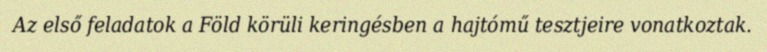
Az első feladatok a Föld körüli keringésben a hajtómű tesztjeire vonatkoztak.